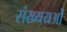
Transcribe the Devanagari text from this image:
संख्ययओं